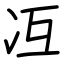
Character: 冱